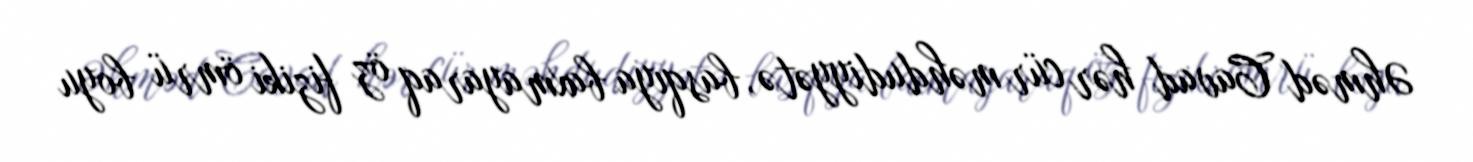
Əhməd Cavad hər cür məhdudiyyətə, basqıya baxmayaraq öz fiziki ömrü boyu